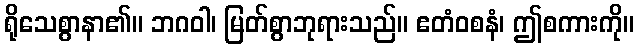
ရိုသေစွာနာ၏။ ဘဂဝါ၊ မြတ်စွာဘုရားသည်။ ဧတံဝစနံ၊ ဤစကားကို။